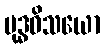
ဗုဒ္ဓဝိသယော